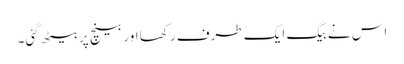
اس نے بیگ ایک طرف رکھا اور بینچ پر بیٹھ گئی۔